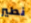
نطير